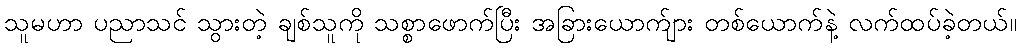
သူမဟာ ပညာသင် သွားတဲ့ ချစ်သူကို သစ္စာဖောက်ပြီး အခြားယောက်ျား တစ်ယောက်နဲ့ လက်ထပ်ခဲ့တယ်။